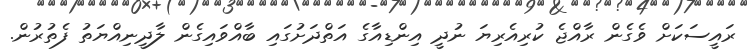
ރައީސަކަށް ވެގެން ރާއްޖެ ކުރިއެރިޔަ ނުދީ އިންޑިއާގެ އަތްދަށުގައި ބާއްވައިގެން ލާދީނިއްޔަތު ފެތުރުން.